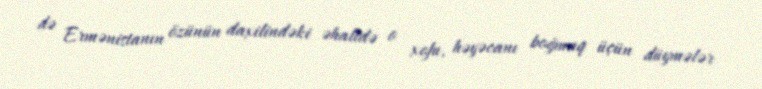
də Ermənistanın özünün daxilindəki əhalidə o xofu, həyəcanı boğmaq üçün düymələr